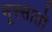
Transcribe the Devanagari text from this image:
मूस्सातो